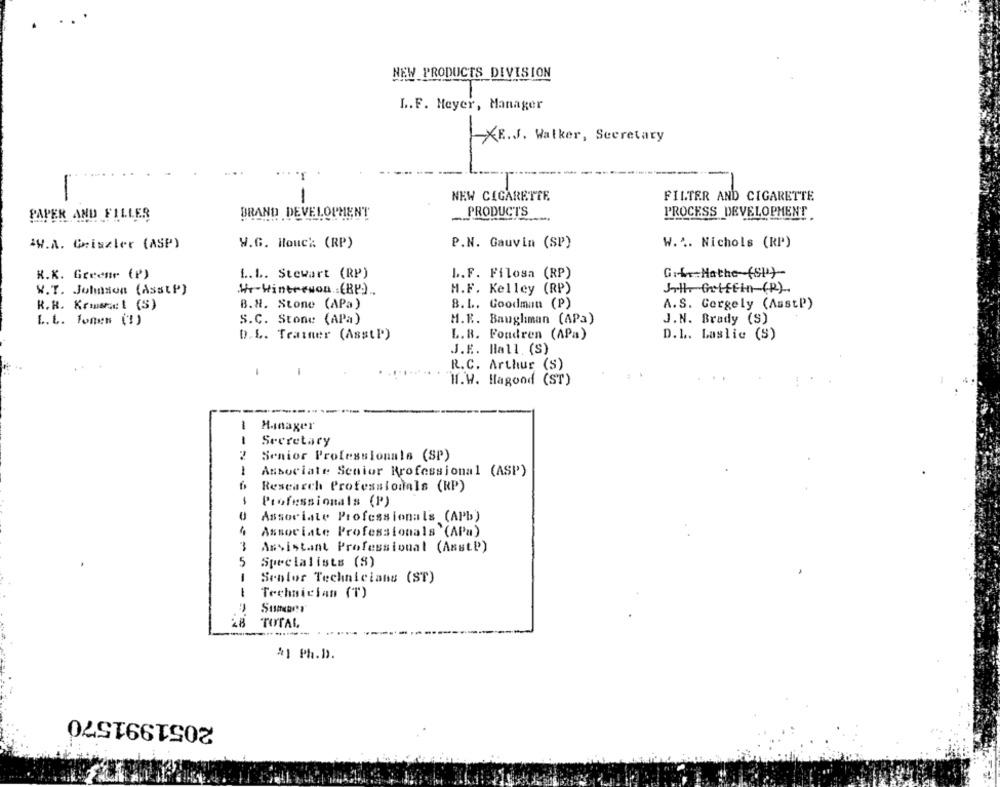
NEW PRODUCTS DIVISION
L.F. Meyer, Manager
-XR.J. Walker, Secretary
-
NEW CIGARETTE
FILTER AND CIGARETTE
PRODUCTS
PER AND FILLER
BRAND DEVELOPMENT
PROCESS DEVELOPMENT.
.W.A. Giszter (ASP)
W.G. Houck (RP)
P.N. Gauvin (SP)
W .... Nichols (RP)
R.K. Greene (P)
L.L. Stewart (RP)
L.F. Filosa (RP)
G:L. Mathe (51)
W.T. Johnson (AsstP)
W-Wintreson .: (BP) ..
M.F. Kelley (RP)
Jill Griffin (R).
R.R. Kris: 1 (S)
B.H. Stone (APa)
8.L. Goodman (P)
A.S. Gergely (AsstP)
L. L. fonen (!)
S.C. Stone (APa)
M.R. Baughman (APa)
J.N. Brady (S)
D.L. Trainer (AsstP)
L.B. Fondren (APa)
D.L. Laslie (S)
J.K. Hall. (S)
R.C. Arthur (S)
W.W. Hagood (ST)
----
---
1
Hinager
1
Secretary
Senior Professionals (SP)
-
Associate Senior Professional (ASP)
Research Professionals (RP)
$
Professionals (P)
Associate Professionals (APb)
Associate Professionals '(APa)
3
Assistant Professional (AsstP)
5
Specialists (S)
-
Senior Technicians (ST)
1
Technician (T)
28
TOTAL
#1 Ph.D.
2051991570